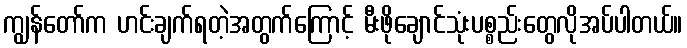
ကျွန်တော်က ဟင်းချက်ရတဲ့အတွက်ကြောင့် မီးဖိုချောင်သုံးပစ္စည်းတွေလိုအပ်ပါတယ်။